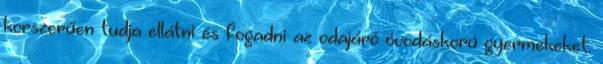
korszerűen tudja ellátni és fogadni az odajáró óvodáskorú gyermekeket.